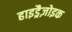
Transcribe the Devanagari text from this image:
हाइड्रैज़ोइक